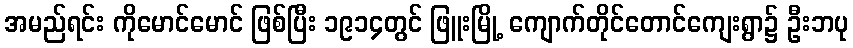
အမည်ရင်း ကိုမောင်မောင် ဖြစ်ပြီး ၁၉၁၄တွင် ဖြူးမြို့ ကျောက်တိုင်တောင်ကျေးရွာ၌ ဦးဘပု